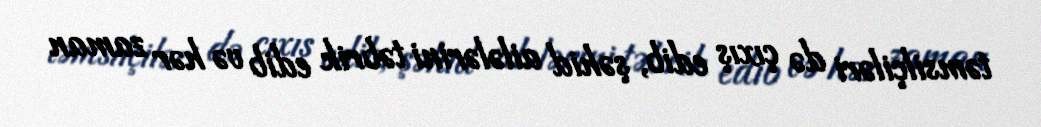
təmsilçiləri də çıxış edib, şəhid ailələrini təbrik edib və hər zaman